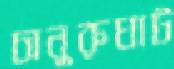
চানুরুঘাট